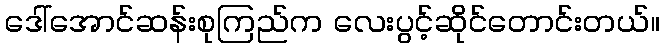
ဒေါ်အောင်ဆန်းစုကြည်က လေးပွင့်ဆိုင်တောင်းတယ်။